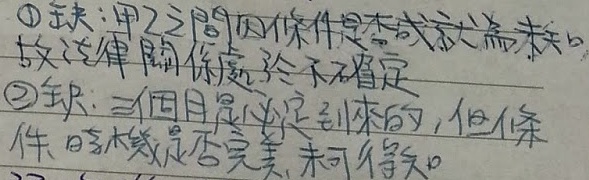
\textcircled{1} 缺：甲乙之间的条件是否成就尚缺。故法律关系处于不确定。\textcircled{2} 缺：三月虽必定到来的，但条件的成就是否完美，未可得知。